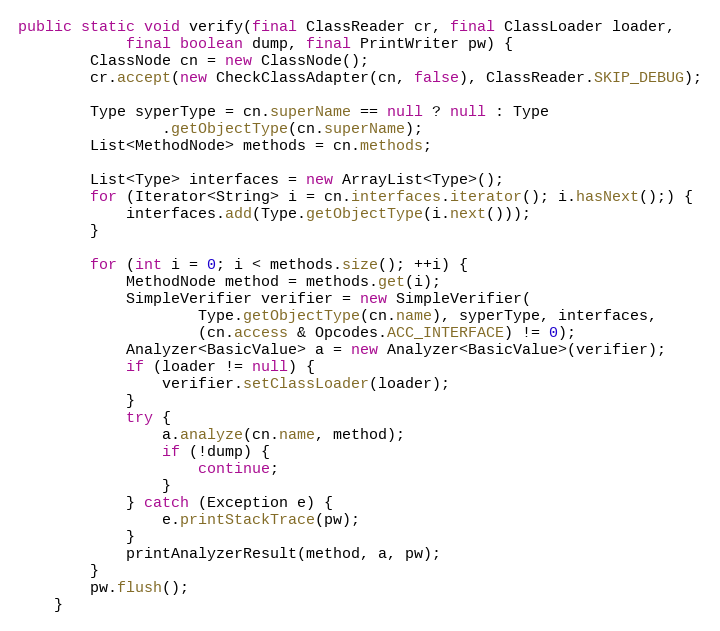
Language: Java
public static void verify(final ClassReader cr, final ClassLoader loader,
            final boolean dump, final PrintWriter pw) {
        ClassNode cn = new ClassNode();
        cr.accept(new CheckClassAdapter(cn, false), ClassReader.SKIP_DEBUG);

        Type syperType = cn.superName == null ? null : Type
                .getObjectType(cn.superName);
        List<MethodNode> methods = cn.methods;

        List<Type> interfaces = new ArrayList<Type>();
        for (Iterator<String> i = cn.interfaces.iterator(); i.hasNext();) {
            interfaces.add(Type.getObjectType(i.next()));
        }

        for (int i = 0; i < methods.size(); ++i) {
            MethodNode method = methods.get(i);
            SimpleVerifier verifier = new SimpleVerifier(
                    Type.getObjectType(cn.name), syperType, interfaces,
                    (cn.access & Opcodes.ACC_INTERFACE) != 0);
            Analyzer<BasicValue> a = new Analyzer<BasicValue>(verifier);
            if (loader != null) {
                verifier.setClassLoader(loader);
            }
            try {
                a.analyze(cn.name, method);
                if (!dump) {
                    continue;
                }
            } catch (Exception e) {
                e.printStackTrace(pw);
            }
            printAnalyzerResult(method, a, pw);
        }
        pw.flush();
    }